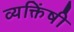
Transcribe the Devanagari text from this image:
व्यक्तिंषी